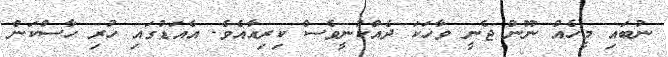
ނުބައި މީހެއް ނޫން ޖެނީ ވާހަކަ ދެއްކުނީވެސް ކިރިއާއެވެ. އެއަޑުގައި ހުރި ހާސްކަން